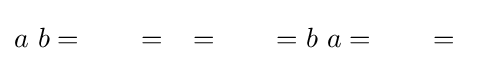
a\ b={\begin{matrix}a\ \ \bullet \\[-60pt]\bullet \ \ b\end{matrix}}={\begin{matrix}a\\[-60pt]b\end{matrix}}={\begin{matrix}\bullet \ \ a\\[-60pt]b\ \ \bullet \end{matrix}}=b\ a={\begin{matrix}b\ \ \bullet \\[-60pt]\bullet \ \ a\end{matrix}}={\begin{matrix}b\\[-60pt]a\end{matrix}}